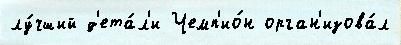
лу́чший д'ета́л'и Чемп'ио́н орган'изова́л